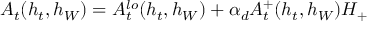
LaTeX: A _ { t } ( h _ { t } , h _ { W } ) = A _ { t } ^ { l o } ( h _ { t } , h _ { W } ) + \alpha _ { d } A _ { t } ^ { + } ( h _ { t } , h _ { W } ) H _ { + }